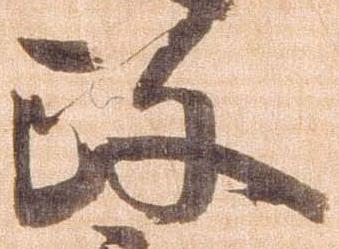
政